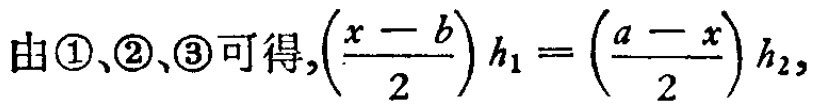
由\textcircled{1}、\textcircled{2}、\textcircled{3}可得,$\left(\frac{x - b}{2}\right) h_{1} = \left(\frac{a - x}{2}\right) h_{2}$,